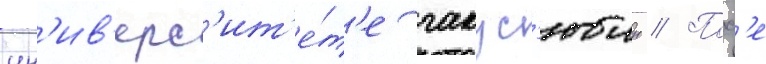
ун'ив'ерс'ит'е́т'е гакус'юин // Посл'е